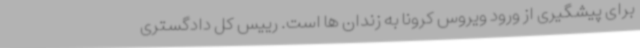
برای پیشگیری از ورود ویروس کرونا به زندان ها است. رییس کل دادگستری